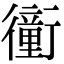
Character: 𧘂